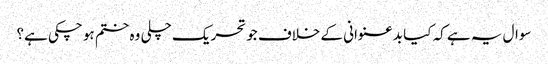
سوال یہ ہے کہ کیا بدعنوانی کے خلاف جو تحریک چلی وہ ختم ہو چکی ہے؟